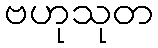
ဗဟုသုတ